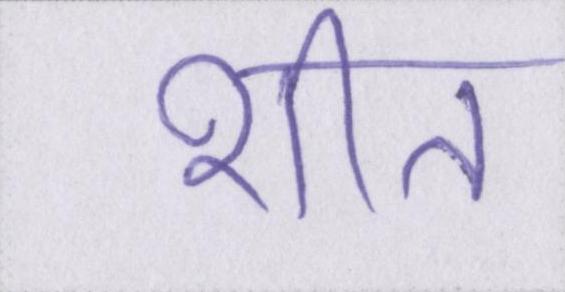
शीत